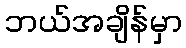
ဘယ်အချိန်မှာ